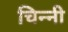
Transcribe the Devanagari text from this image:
चिन्नी